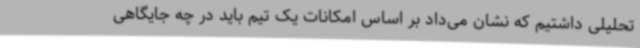
تحلیلی داشتیم که نشان می‌داد بر اساس امکانات یک تیم باید در چه جایگاهی